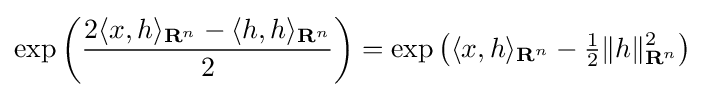
\exp \left({\frac {2\langle x,h\rangle _{\mathbf {R} ^{n}}-\langle h,h\rangle _{\mathbf {R} ^{n}}}{2}}\right)=\exp \left(\langle x,h\rangle _{\mathbf {R} ^{n}}-{\tfrac {1}{2}}\|h\|_{\mathbf {R} ^{n}}^{2}\right)